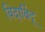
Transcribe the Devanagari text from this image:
विदाबिंदू